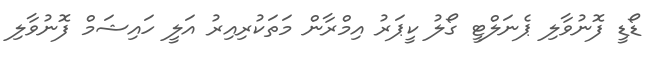
ޑޯޑީ ފޮނުވާލި ޕެނަލްޓީ ގޯލު ކީޕަރު އިމްރާން މަތަކުރިއިރު އަލީ ހައިޝަމް ފޮނުވާލި